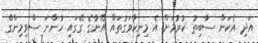
އަދި އެކަން ސާބިތު ކުރުމަށް އެ މިނިކާވަގުތައް އޭނާގެ ގޭގައި ހުންނަ ސްވިމިންގް